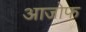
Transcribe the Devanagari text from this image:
आजोफ